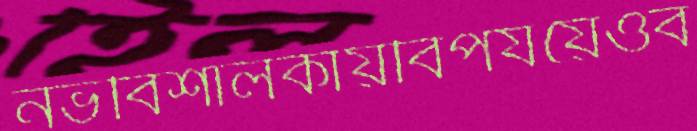
নভবিশালকায়বিপর্যয়েওব